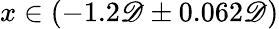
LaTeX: x\in(-1.2\mathscr{D}\pm0.062\mathscr{D})